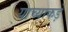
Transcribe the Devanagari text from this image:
याच्याकड़े